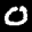
Label: 0